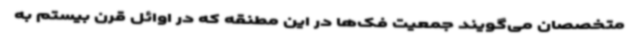
متخصصان می‌گویند جمعیت فک‌ها در این مطنقه که در اوائل قرن بیستم به